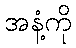
အနံ့ကို